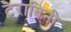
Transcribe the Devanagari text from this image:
टैराबिनी